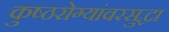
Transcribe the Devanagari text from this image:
कुष्ठरोग्यांवरसुद्धा